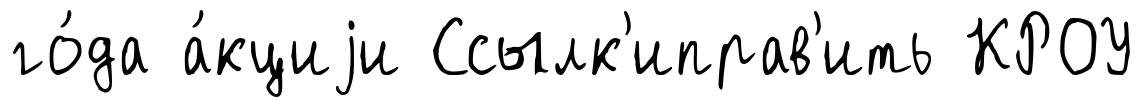
го́да а́кциjи Ссылк'иправ'ить КРОУ